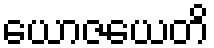
ယောဇယေတိ